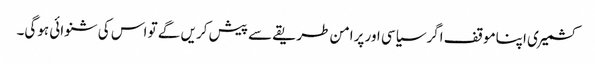
کشمیری اپناموقف اگرسیاسی اور پرامن طریقے سے پیش کریں گے تو اس کی شنوائی ہوگی۔